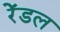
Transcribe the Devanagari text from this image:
रेंडल